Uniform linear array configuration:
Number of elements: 4
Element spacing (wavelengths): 0.5
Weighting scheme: binomial
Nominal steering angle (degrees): -45
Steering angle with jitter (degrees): -46.465
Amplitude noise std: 0.05
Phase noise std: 0.05

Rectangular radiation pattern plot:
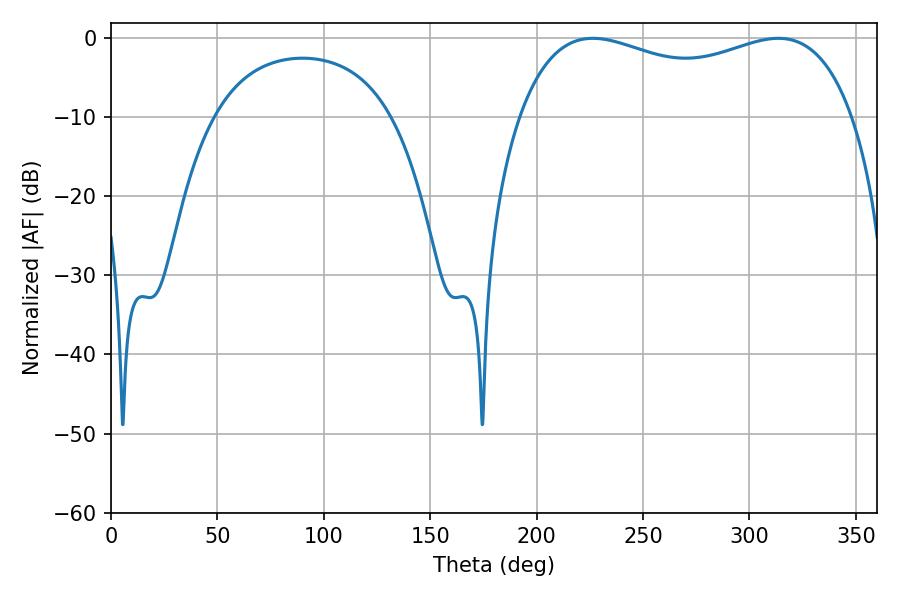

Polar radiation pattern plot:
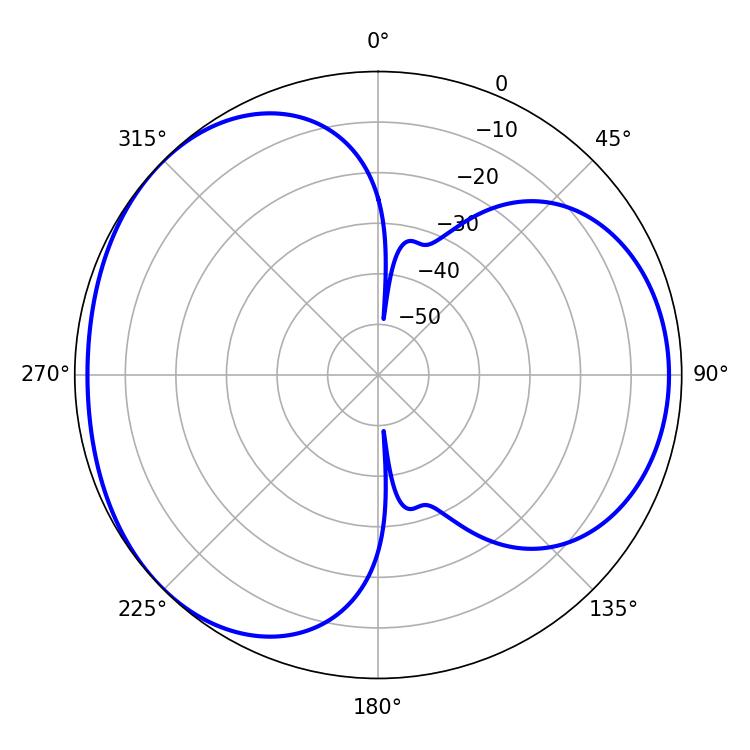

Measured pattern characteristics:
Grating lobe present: FALSE
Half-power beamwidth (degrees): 129.24
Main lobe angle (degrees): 226.44